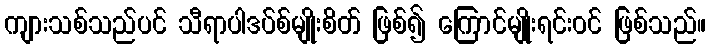
ကျားသစ်သည်ပင် သီရာပါဒပ်စ်မျိုးစိတ် ဖြစ်၍ ကြောင်မျိုးရင်းဝင် ဖြစ်သည်။